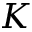
{ \cal K }